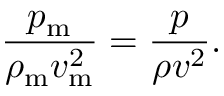
{ \frac { p _ { \mathrm { m } } } { \rho _ { \mathrm { m } } v _ { \mathrm { m } } ^ { 2 } } } = { \frac { p } { \rho v ^ { 2 } } } .